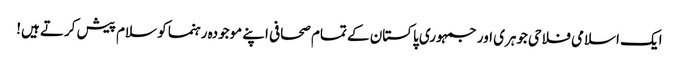
ایک اسلامی فلاحی جوہری اور جمہوری پاکستان کے تمام صحافی اپنے موجودہ رہنما کو سلام پیش کرتے ہیں!